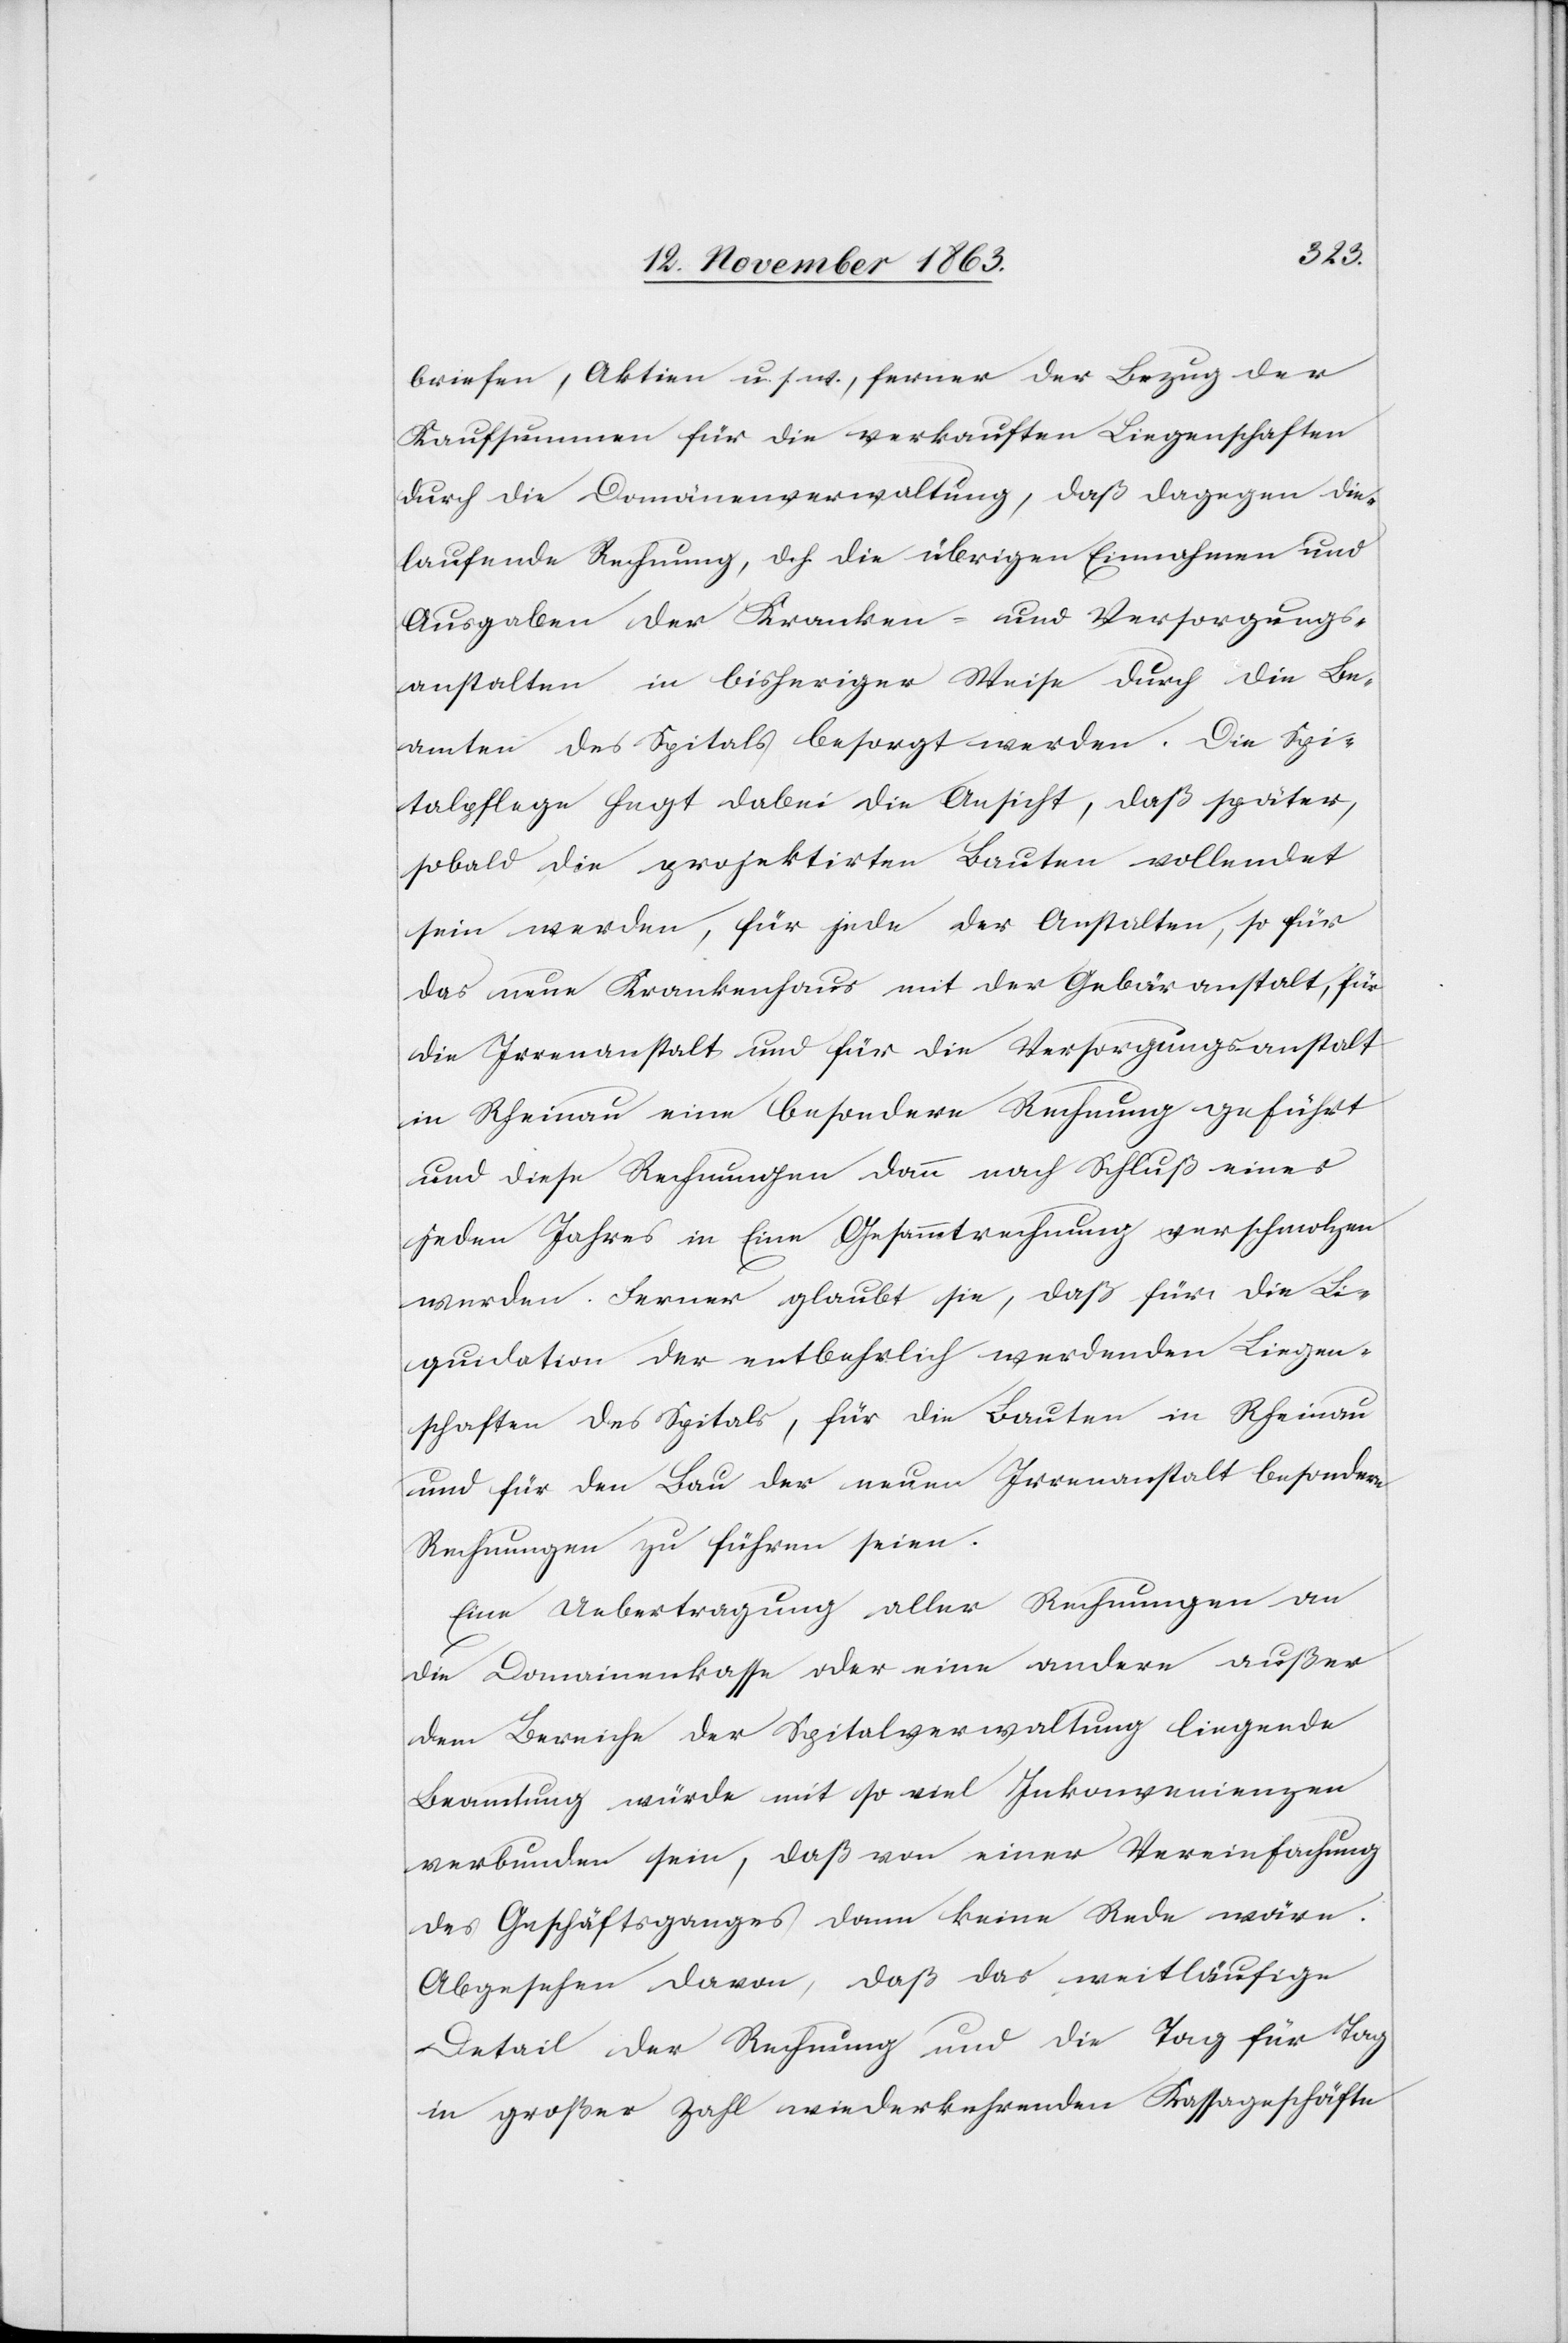
briefen, Aktien u. s. w., ferner der Bezug der
Kaufsummen für die verkauften Liegenschaften
durch die Domänenverwaltung, daß dagegen die
laufende Rechnung d. h. die übrigen Einnahmen und
Ausgaben der Kranken- und Versorgungs¬
anstalten in bisheriger Weise durch die Be¬
amten des Spitals besorgt werden. Die Spi¬
talpflege hegt dabei die Ansicht, daß später,
sobald die projektirten Bauten vollendet
sein werden, für jede der Anstalten, so für
das neue Krankenhaus mit der Gebäranstalt, für
die Irrenanstalt und für die Versorgungsanstalt
in Rheinau eine besondere Rechnung geführt
und diese Rechnungen dann nach Schluß eines
jeden Jahres in Eine Gesammtrechnung verschmolzen
werden. Ferner glaubt sie, daß für die Li¬
quidation der entbehrlich werdenden Liegen¬
schaften des Spitals, für die Bauten in Rheinau
und für den Bau der neuen Irrenanstalt besondere
Rechnungen zu führen seien.
Eine Uebertragung aller Rechnungen an
die Domainenkasse oder eine andere außer
dem Bereiche der Spitalverwaltung liegende
Beamtung würde mit so viel Inkonvenienzen
verbunden sein, daß von einer Vereinfachung
des Geschäftsganges dann keine Rede wäre.
Abgesehen davon, daß das weitläufige
Detail der Rechnung und die Tag für Tag
in großer Zahl wiederkehrenden Kassageschäfte